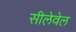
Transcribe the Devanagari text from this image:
सीलेवेल